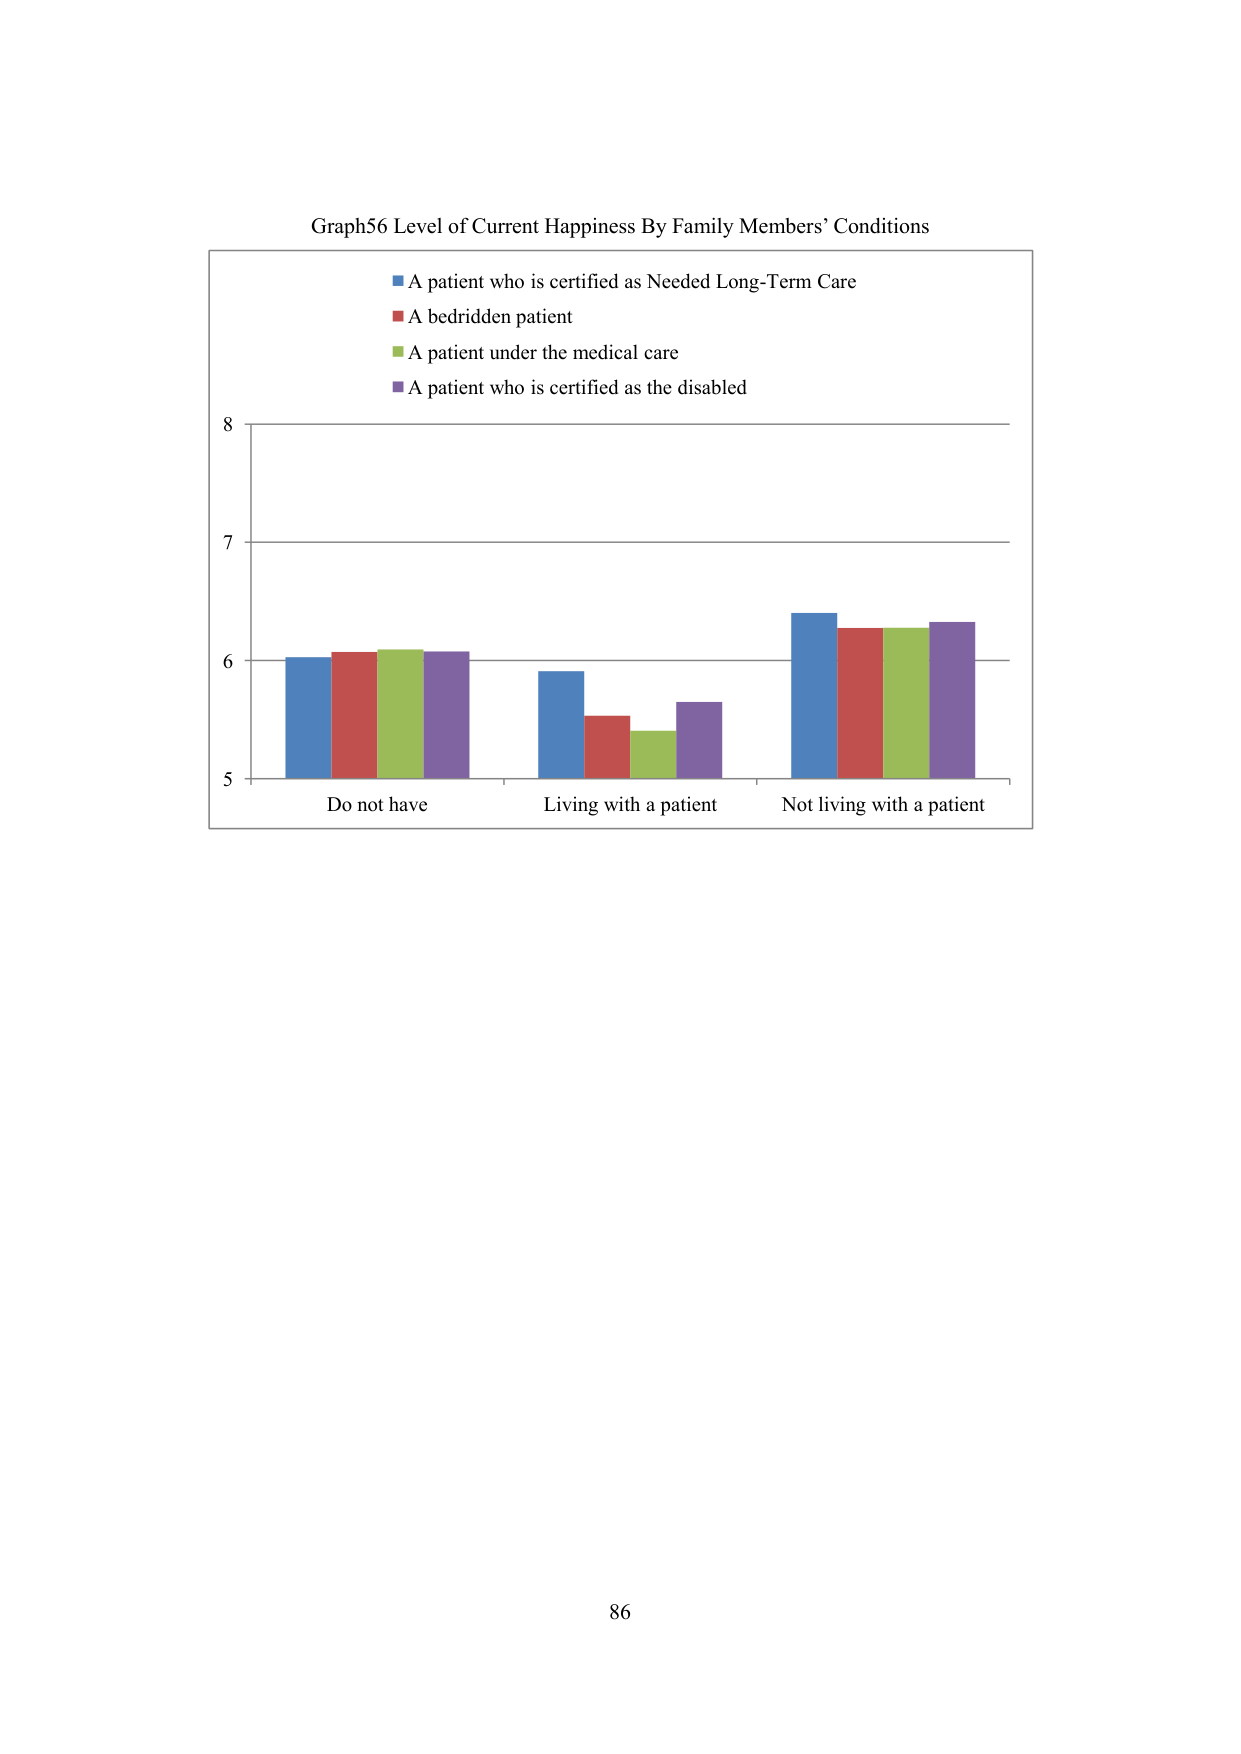
Graph56 Level of Current Happiness By Family Members' Conditions

■ A patient who is certified as Needed Long-Term Care
■ A bedridden patient
■ A patient under the medical care
■ A patient who is certified as the disabled

8
7
6
5

Do not have
Living with a patient
Not living with a patient

86